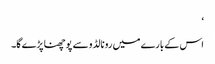
‘
اس کے بارے میں رونالڈو سے پوچھنا پڑے گا۔